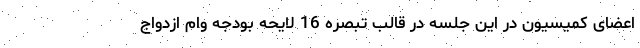
اعضای کمیسیون در این جلسه در قالب تبصره 16 لایحه بودجه وام ازدواج